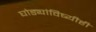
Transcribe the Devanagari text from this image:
घोड्यांविष्यीही